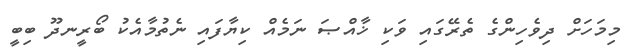
މިމަހަށް ދިވެހިންގެ ތެރޭގައި ވަކި ޚާއްޞަ ނަމެއް ކިޔާފައި ނެތުމާއެކު ބޯރީނދޫ ބިބީ